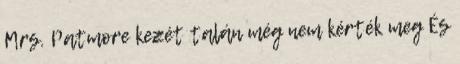
Mrs. Patmore kezét talán még nem kérték meg És